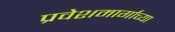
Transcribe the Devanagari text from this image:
प्रवेशमार्गाच्या